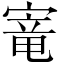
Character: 𫳭